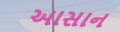
આસાન